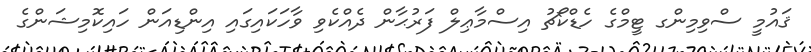
ޤައުމީ ސްވިމިންގ ޓީމްގެ ހެޑްކޯޗު އިސްމާޢިލް ފަރުޙާން ދެއްކެވި ވާހަކައިގައި އިންޑިއަން ހައިކޮމިޝަންގެ